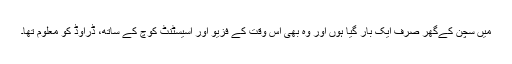
میں سچن کےگھر صرف ایک بار گیا ہوں اور وہ بھی اس وقت کے فزيو اور اسیسٹنٹ کوچ کے ساتھ، ڈراوڈ کو معلوم تھا۔